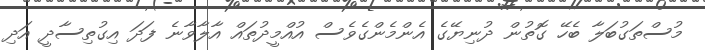
މުސްތަގުބަލާ ބެހޭ ގޮތުން ދުނިޔޭގެ އެންމެންގެވެސް އުއްމީދުތައް އާލާވާނެ ފަދަ އިގުތިސާދީ އަދި